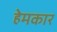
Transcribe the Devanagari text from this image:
हेमकार